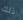
ذلك